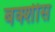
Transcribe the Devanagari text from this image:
बक्शीस